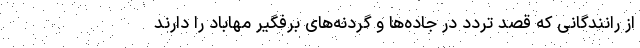
از رانندگانی که قصد تردد در جاده‌ها و گردنه‌های برفگیر مهاباد را دارند